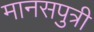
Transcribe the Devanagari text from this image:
मानसपुत्री